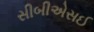
સીબીએસઈ